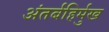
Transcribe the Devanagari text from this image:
अंतर्बहिर्मुख